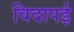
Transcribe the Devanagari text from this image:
विदापई